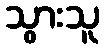
သွားသူ